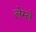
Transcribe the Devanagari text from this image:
लेम्ले